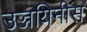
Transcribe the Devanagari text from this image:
उज्जयिनीस